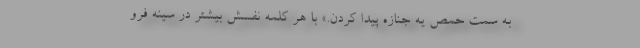
به سمت حمص یه جنازه پیدا کردن.» با هر کلمه نفسش بیشتر در سینه فرو